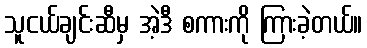
သူငယ်ချင်းဆီမှ အဲ့ဒီ စကားကို ကြားခဲ့တယ်။